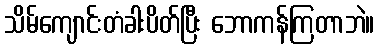
သိမ်ကျောင်းတံခါးပိတ်ပြီး ဘောကန်ကြတာဘဲ။